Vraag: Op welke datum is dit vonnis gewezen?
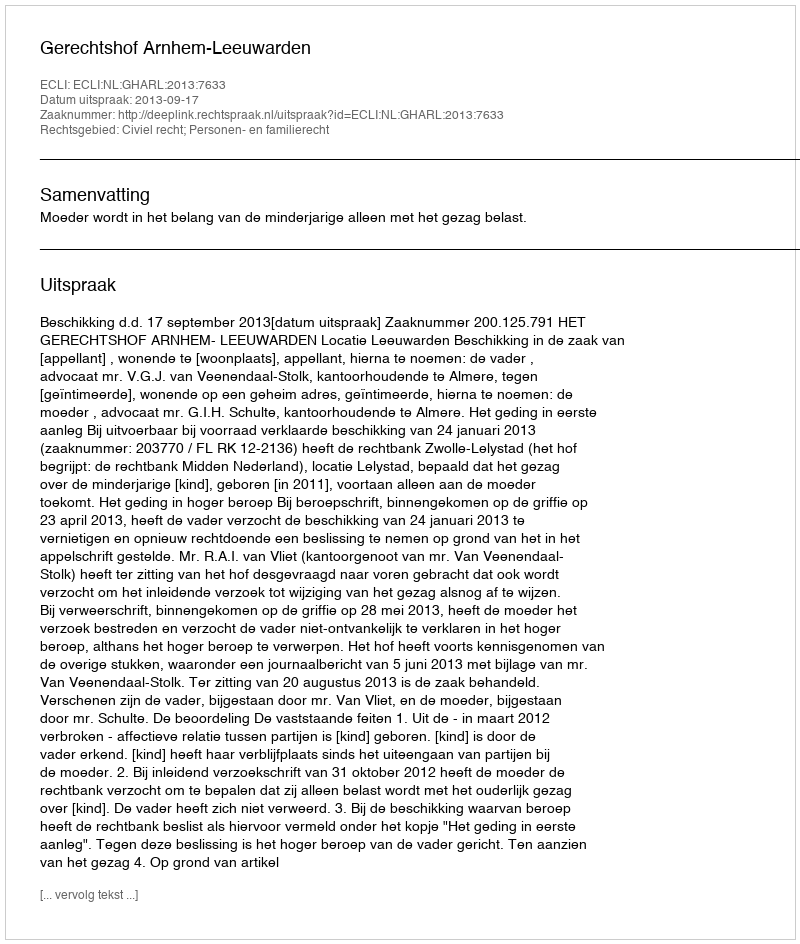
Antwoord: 2013-09-17